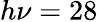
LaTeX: h\nu=28